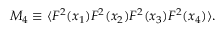
M _ { 4 } \equiv \langle F ^ { 2 } ( x _ { 1 } ) F ^ { 2 } ( x _ { 2 } ) F ^ { 2 } ( x _ { 3 } ) F ^ { 2 } ( x _ { 4 } ) \rangle .